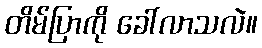
တိမ်ပြာကို ခေါ်လာသလဲ။